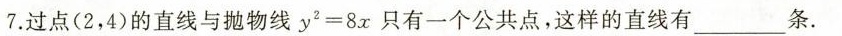
7.过点(2，4)的直线与抛物线$$y ^ { 2 } = 8 x $$只有一个公共点，这样的直线有___条.